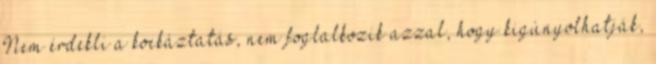
Nem érdekli a kockáztatás, nem foglalkozik azzal, hogy kigúnyolhatják,